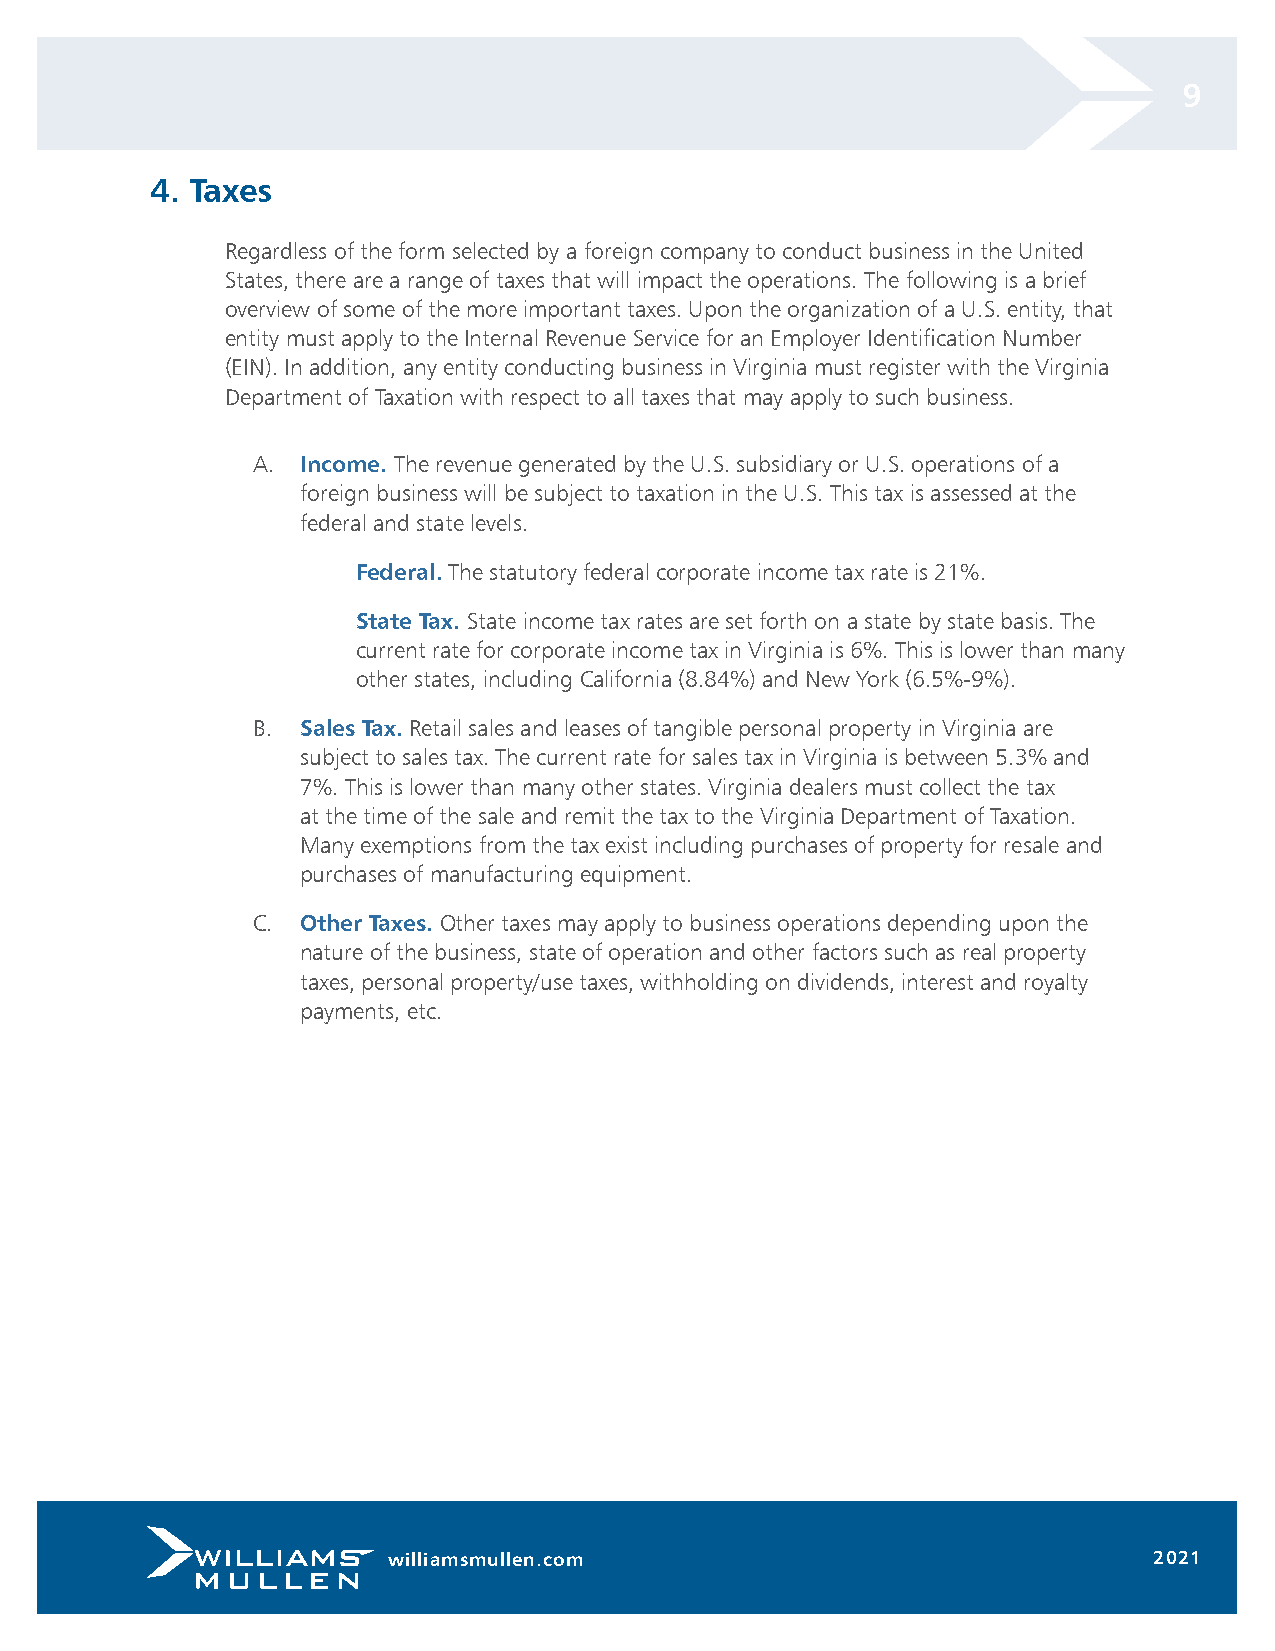
9
 4. Taxes
 Regardless of the form selected by a foreign company to conduct business in the United
 States, there are a range of taxes that will impact the operations. The following is a brief
 overview of some of the more important taxes. Upon the organization of a U.S. entity, that
 entity must apply to the Internal Revenue Service for an Employer Identification Number
 (EIN). In addition, any entity conducting business in Virginia must register with the Virginia
 Department of Taxation with respect to all taxes that may apply to such business.
 A. Income. The revenue generated by the U.S. subsidiary or U.S. operations of a
 foreign business will be subject to taxation in the U.S. This tax is assessed at the
 federal and state levels.
 Federal. The statutory federal corporate income tax rate is 21%.
 State Tax. State income tax rates are set forth on a state by state basis. The
 current rate for corporate income tax in Virginia is 6%. This is lower than many
 other states, including California (8.84%) and New York (6.5%-9%).
 B. Sales Tax. Retail sales and leases of tangible personal property in Virginia are
 subject to sales tax. The current rate for sales tax in Virginia is between 5.3% and
 7%. This is lower than many other states. Virginia dealers must collect the tax
 at the time of the sale and remit the tax to the Virginia Department of Taxation.
 Many exemptions from the tax exist including purchases of property for resale and
 purchases of manufacturing equipment.
 C. Other Taxes. Other taxes may apply to business operations depending upon the
 nature of the business, state of operation and other factors such as real property
 taxes, personal property/use taxes, withholding on dividends, interest and royalty
 payments, etc.
 williamsmullen.com                                2021